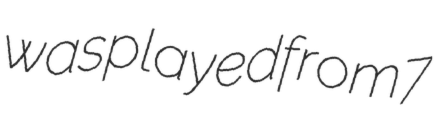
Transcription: was played from 7